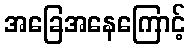
အခြေအနေကြောင့်